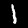
Digit: 1